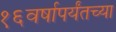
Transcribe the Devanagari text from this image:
१६वर्षापर्यंतच्या